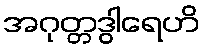
အဂုတ္တဒွါရေဟိ